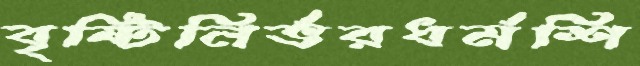
বৃষ্টিনির্ভরধর্মশি